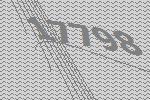
17798